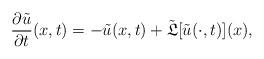
LaTeX: \begin{align*}\frac{\partial\tilde{u}}{\partial t}(x,t) = - \tilde{u}(x,t) + \tilde{\mathfrak{L}}[\tilde{u}(\cdot,t)](x), \end{align*}